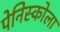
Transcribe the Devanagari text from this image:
पेनिस्कोला